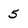
Character: 5